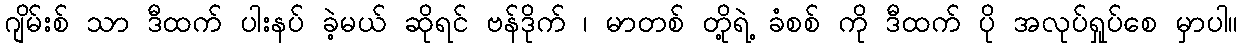
ဂျိမ်းစ် သာ ဒီထက် ပါးနပ် ခဲ့မယ် ဆိုရင် ဗန်ဒိုက် ၊ မာတစ် တို့ရဲ့ ခံစစ် ကို ဒီထက် ပို အလုပ်ရှုပ်စေ မှာပါ။